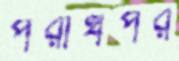
পরার্থপর